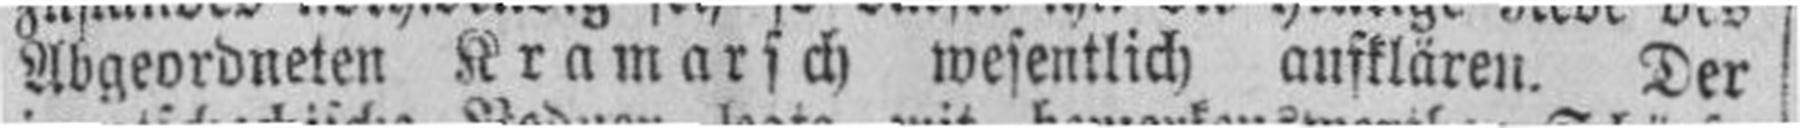
Abgeordneten Kramarsch wesentlich aufklären. Der!